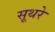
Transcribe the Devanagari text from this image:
सूथरे